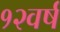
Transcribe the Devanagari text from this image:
१२वर्ष